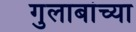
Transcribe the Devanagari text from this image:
गुलाबांच्या